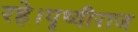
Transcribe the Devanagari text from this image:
रहे।पृथ्वीराज